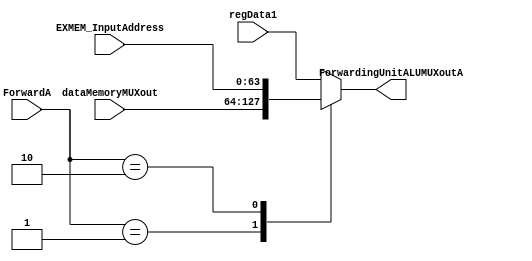
module ForwardingUnitALUMuxA
(
	input [63:0] regData1,
	input [63:0] dataMemoryMUXout,
	input [63:0] EXMEM_InputAddress,
	input [1:0] ForwardA,
	output reg [63:0] ForwardingUnitALUMUXoutA
);

	always @(*) case (ForwardA)
		2'b00: ForwardingUnitALUMUXoutA = regData1;
		2'b01: ForwardingUnitALUMUXoutA = dataMemoryMUXout;
		2'b10: ForwardingUnitALUMUXoutA = EXMEM_InputAddress;
		default: ForwardingUnitALUMUXoutA = regData1;
	endcase
endmodule